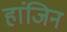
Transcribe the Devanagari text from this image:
हांजिन